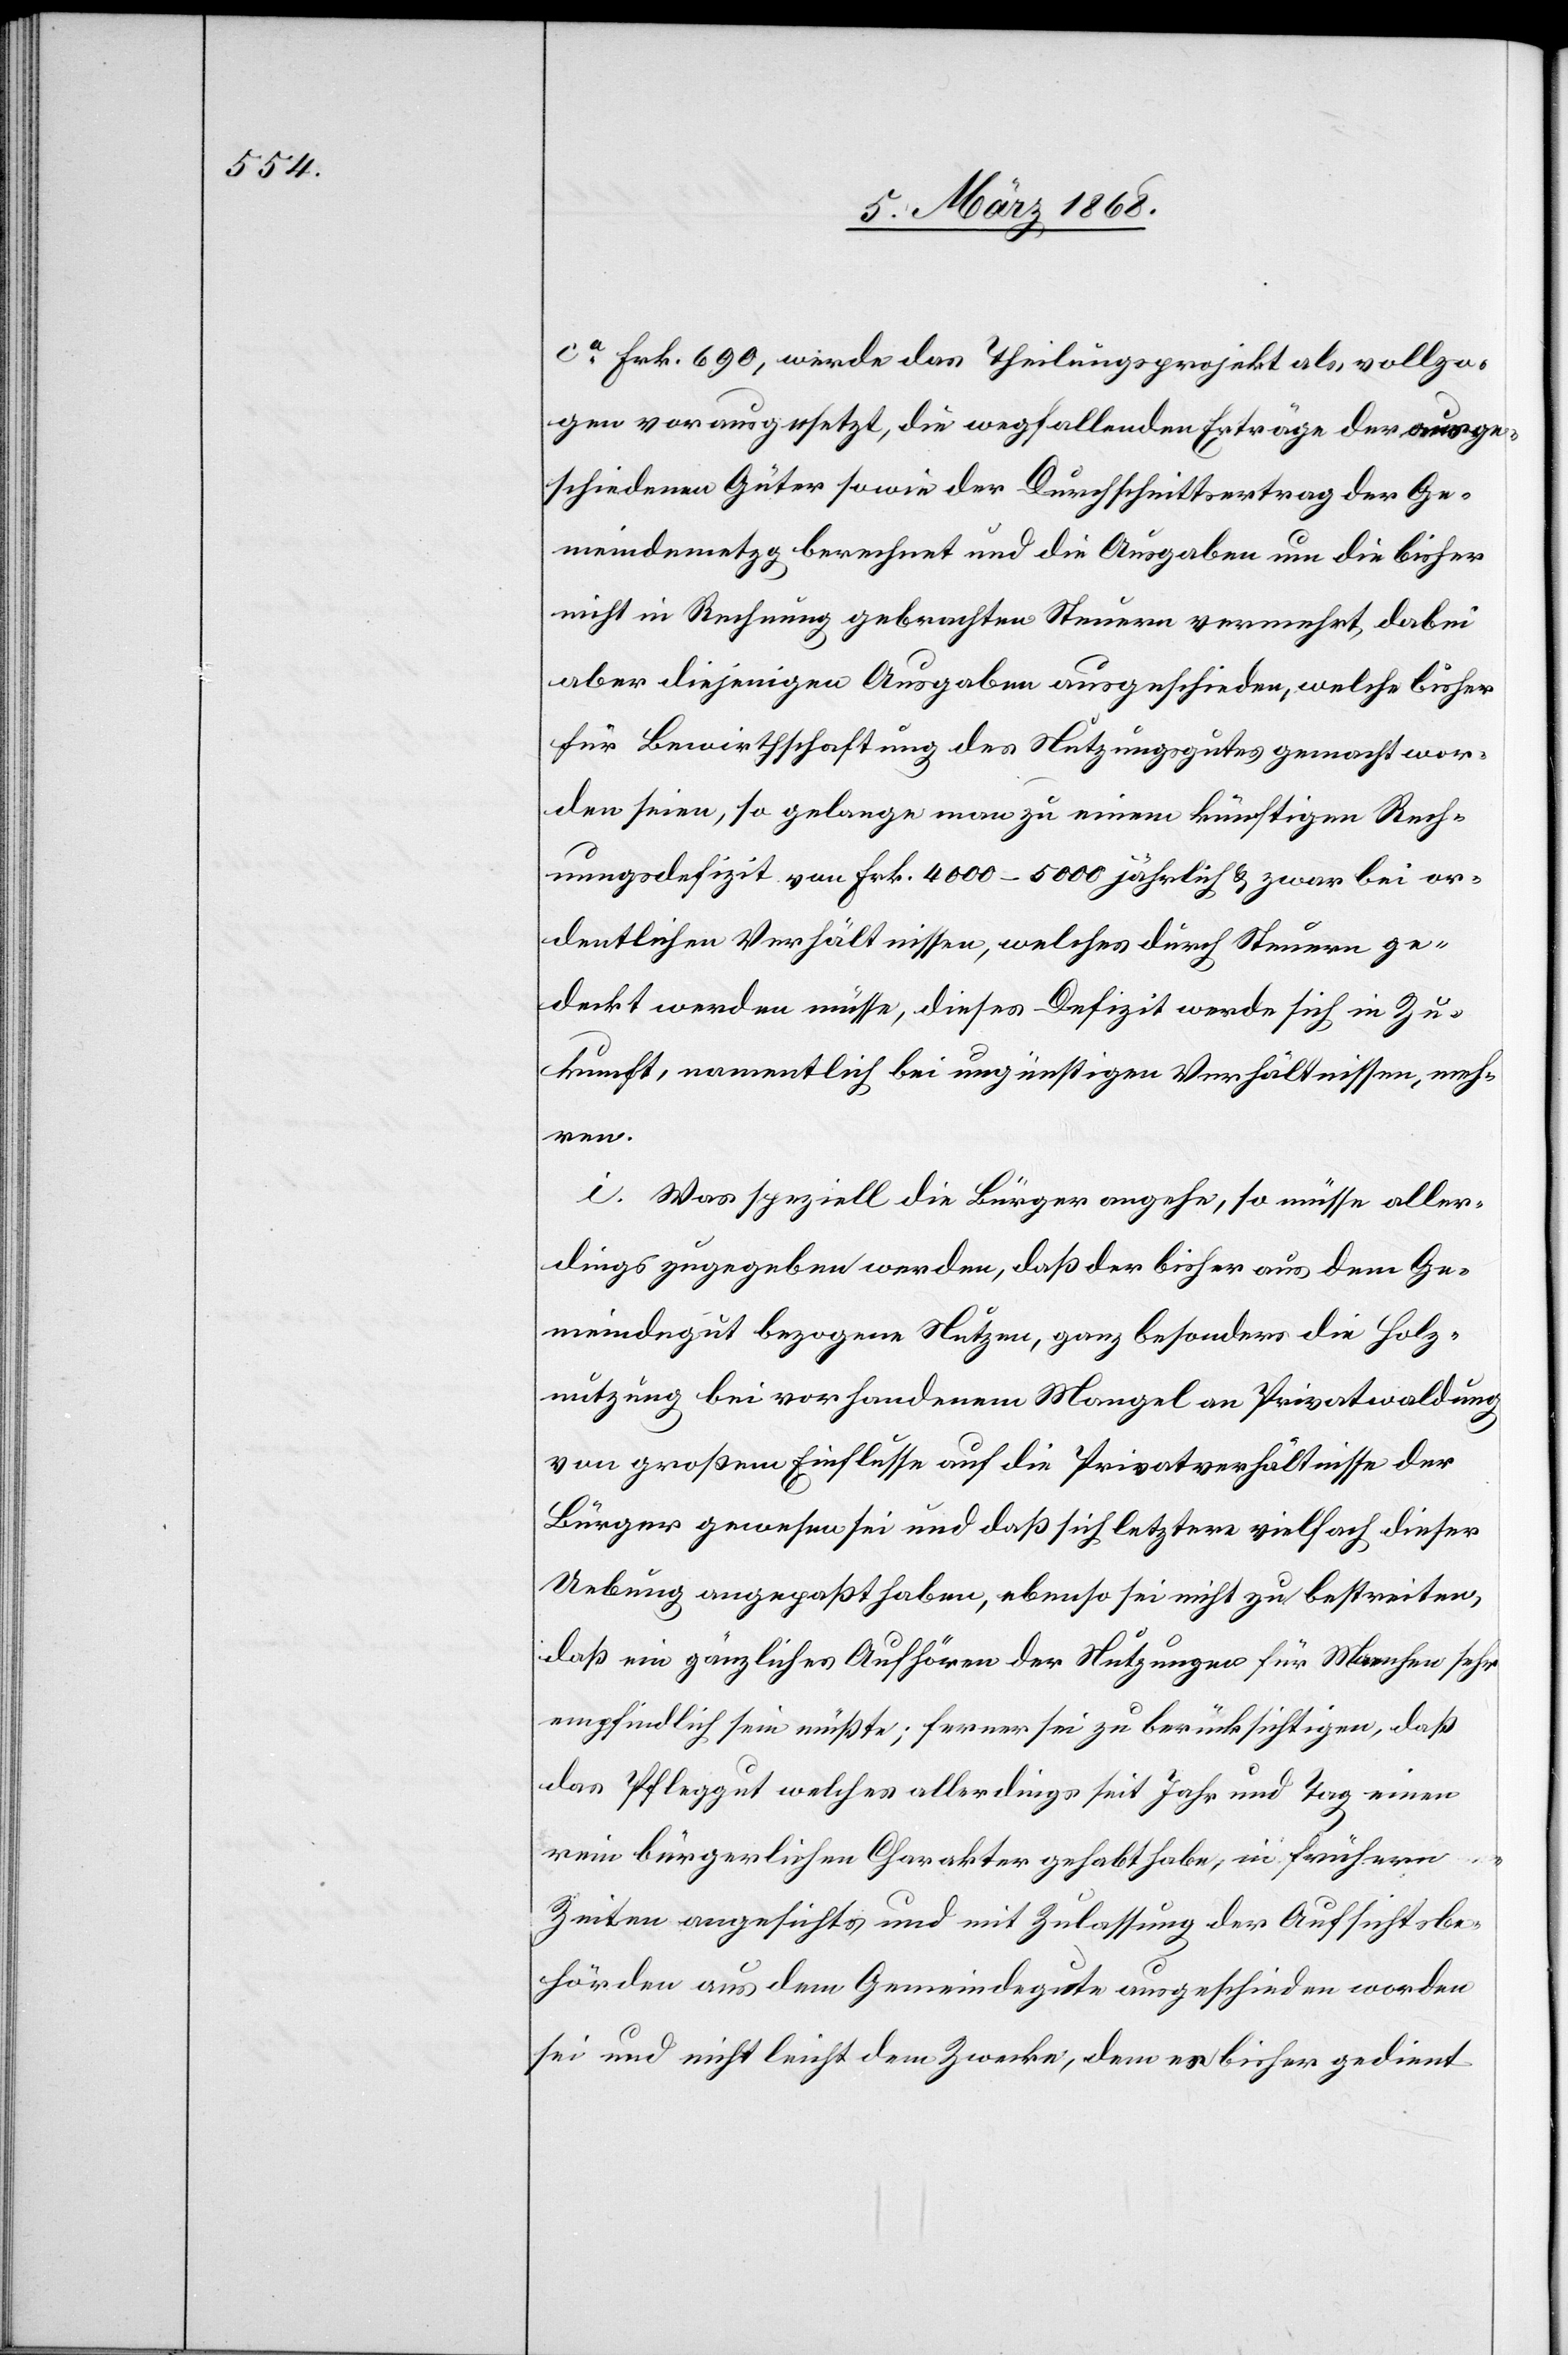
ca. Frk. 690, werde das Theilungsprojekt als vollzo¬
gen vorausgesetzt, die wegfallenden Erträge der ausge¬
schiedenen Güter sowie der Durchschnittsertrag der Ge¬
meindemetzg berechnet und die Ausgaben um die bisher
nicht in Rechnung gebrachten Steuern vermehrt, dabei
aber diejenigen Ausgaben ausgeschieden, welche bisher
für Bewirthschaftung des Nutzungsgutes gemacht wor¬
den seien, so gelange man zu einem künftigen Rech¬
nungsdefizit von Frk. 4000–5000 jährlich & zwar bei or¬
dentlichen Verhältnissen, welches durch Steuern ge¬
deckt werden müsse, dieses Defizit werde sich in Zu¬
kunft, namentlich bei ungünstigen Verhältnissen, meh¬
ren.
i. Was speziell die Bürger angehe, so müsse aller¬
dings zugegeben werden, daß der bisher aus dem Ge¬
meindegut bezogene Nutzen, ganz besonders die Holz¬
nutzung bei vorhandenem Mangel an Privatwaldung
von großem Einflusse auf die Privatverhältnisse der
Bürger gewesen sei und daß sich letztere vielfach dieser
Uebung angepaßt haben, ebenso sei nicht zu bestreiten,
daß ein gänzliches Aufhören der Nutzungen für Manchen sehr
empfindlich sein müßte; ferner sei zu berücksichtigen, daß
das Pfleggut welches allerdings seit Jahr und Tag einen
rein bürgerlichen Charakter gehabt habe, in frühern
Zeiten angesichts und mit Zulassung der Aufsichtsbe¬
hörden aus dem Gemeindegute ausgeschieden worden
sei und nicht leicht dem Zwecke, dem es bisher gedient